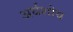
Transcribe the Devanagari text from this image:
अर्थशोध